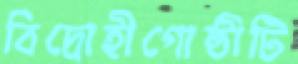
বিদ্রোহীগোষ্ঠীটি